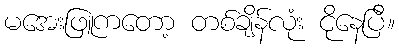
မအေးဖြူကတော့ တစ်ချိန်လုံး ငိုနေပြီ။